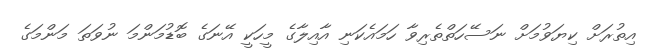
އިތުރަށް ކިޔަވުމަށް ނަސޭހަތްތެރިވާ ހަަމައެކަނި އާއިލާގެ މީހަކީ އޭނަގެ ބޮޑުމަންމަ ނުވަތަ މަންމަގެ